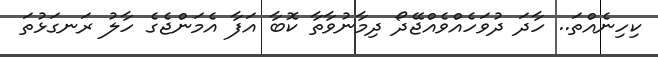
ކިހިނެއްތަ.. ހާދަ ދުވަހެއްވެއްޖޭދޯ ދިމާނުވާތާ ކޮބާ އަފާ އެމަންޖެގެ ހާލު ރަނގަޅުތަ